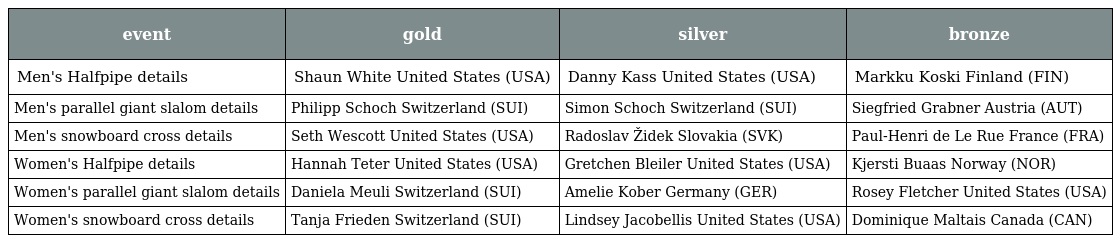
| event | gold | silver | bronze |
 | --- | --- | --- | --- |
 | Men's Halfpipe details | Shaun White United States (USA) | Danny Kass United States (USA) | Markku Koski Finland (FIN) |
 | Men's parallel giant slalom details | Philipp Schoch Switzerland (SUI) | Simon Schoch Switzerland (SUI) | Siegfried Grabner Austria (AUT) |
 | Men's snowboard cross details | Seth Wescott United States (USA) | Radoslav Židek Slovakia (SVK) | Paul-Henri de Le Rue France (FRA) |
 | Women's Halfpipe details | Hannah Teter United States (USA) | Gretchen Bleiler United States (USA) | Kjersti Buaas Norway (NOR) |
 | Women's parallel giant slalom details | Daniela Meuli Switzerland (SUI) | Amelie Kober Germany (GER) | Rosey Fletcher United States (USA) |
 | Women's snowboard cross details | Tanja Frieden Switzerland (SUI) | Lindsey Jacobellis United States (USA) | Dominique Maltais Canada (CAN) |